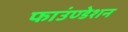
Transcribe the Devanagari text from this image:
फाउंण्डेशन